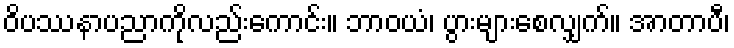
ဝိပဿနာပညာကိုလည်းကောင်း။ ဘာဝယံ၊ ပွားများစေလျှက်။ အာတာပီ၊